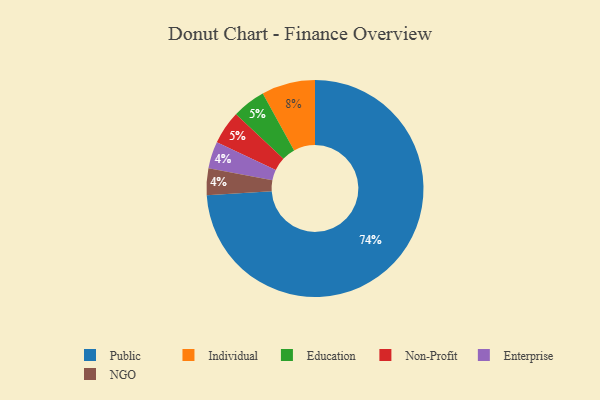
{"axis": {"x": "Category", "y": "Percentage"}, "legend": ["Education", "Enterprise", "Individual", "NGO", "Non-Profit", "Public"], "data": [{"x": "Education", "y": 5, "type": "Education"}, {"x": "Enterprise", "y": 4, "type": "Enterprise"}, {"x": "Individual", "y": 8, "type": "Individual"}, {"x": "NGO", "y": 4, "type": "NGO"}, {"x": "Non-Profit", "y": 5, "type": "Non-Profit"}, {"x": "Public", "y": 74, "type": "Public"}]}